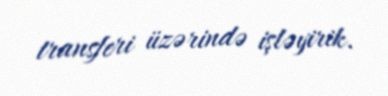
transferi üzərində işləyirik.